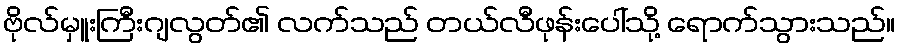
ဗိုလ်မှူးကြီးဂျလွတ်၏ လက်သည် တယ်လီဖုန်းပေါ်သို့ ရောက်သွားသည်။